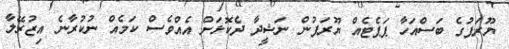
ޔޫރަޕުގެ ބަސްއަހާ ޕަޕެޓެއް ޔޫރަޕުން ނަޝީދާ ދެކޮޅަށް އެއްވެސް ކަމެއް ނުކުރާނެ އިޒުރޭލާ